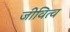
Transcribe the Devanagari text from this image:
जीवित्व